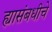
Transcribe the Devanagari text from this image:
ह्यासंबधीचे